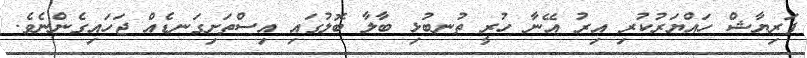
ފަރިޔާޝް ހައްޔަރުކުރި އިރު އޭނާ ހުރީ ތުނބުޅި ބާލާ ބޮލުގައި އިސްތަށިގަނޑެއް ޖަހައިގެންނެވެ.